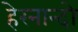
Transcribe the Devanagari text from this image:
हेरनान्दो